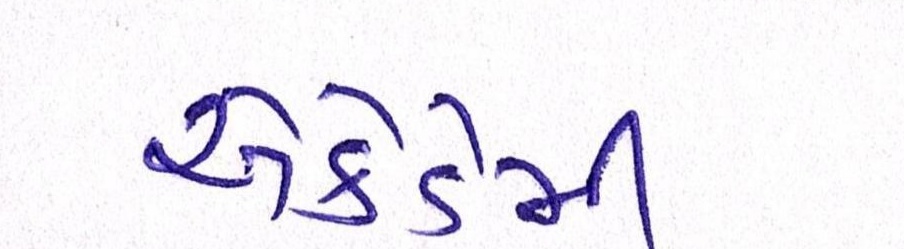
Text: એકેડેમી